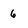
Character: 6